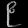
Digit: ၉